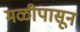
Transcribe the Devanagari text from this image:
मळीपासून